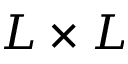
L \times L